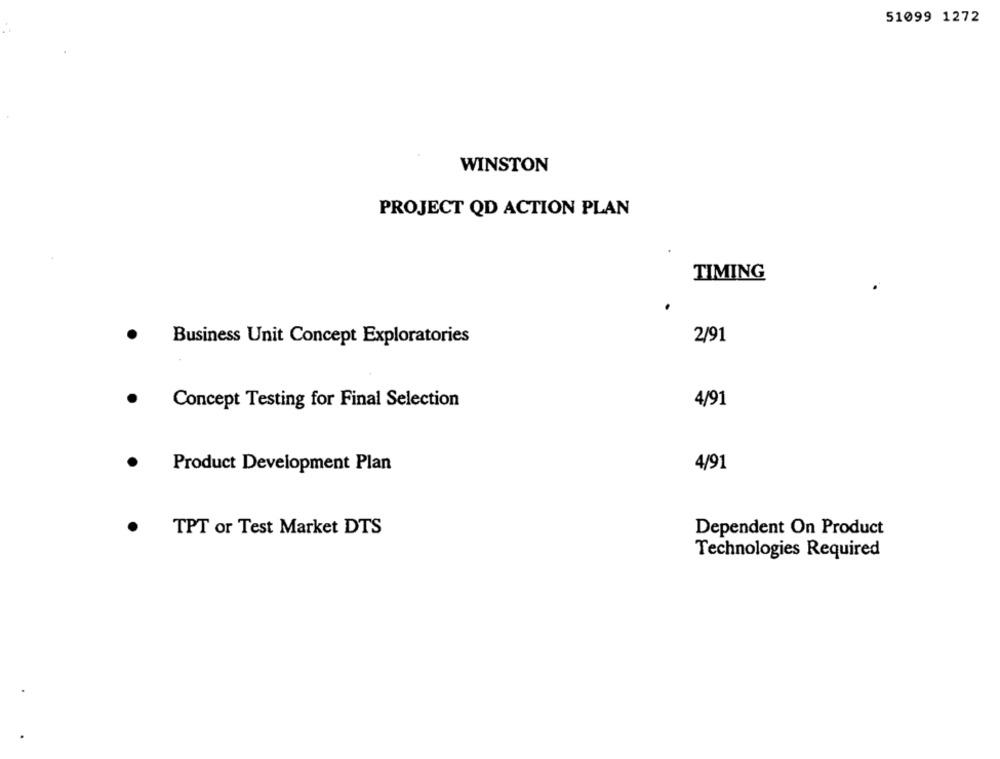
51099 1272
WINSTON
PROJECT QD ACTION PLAN
TIMING
Business Unit Concept Exploratories
2/91
Concept Testing for Final Selection
4/91
Product Development Plan
4/91
TPT or Test Market DTS
Dependent On Product
Technologies Required